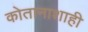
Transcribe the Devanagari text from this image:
कोतानाशाही